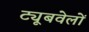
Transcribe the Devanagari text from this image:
ट्यूबवेलों